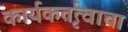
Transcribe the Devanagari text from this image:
कार्यकर्तृत्वाचा